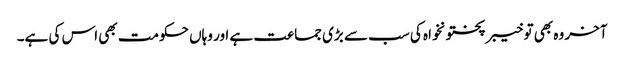
آخر وہ بھی تو خیبر پختونخواہ کی سب سے بڑی جماعت ہے اور وہاں حکومت بھی اس کی ہے۔